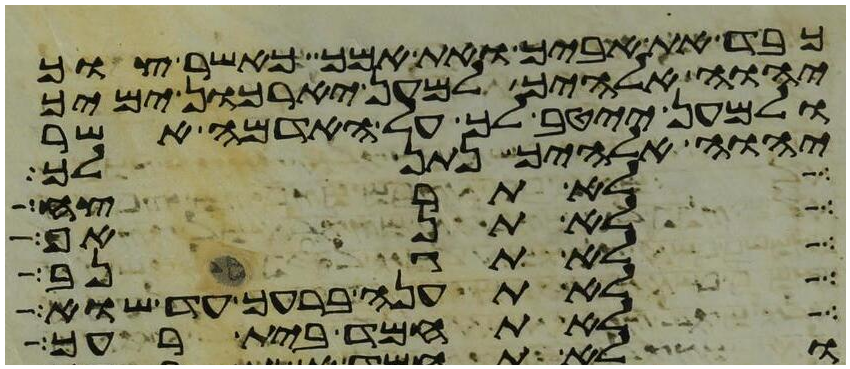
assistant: כבד את אביך ואת אמך כאשר צוך
יהוה אלהיך למען יארכון ימיך
ולמען ייטב לך על האדמה אשר
יהוה אלהיך נתן לך
לא תרצח
לא תנאף
לא תגנב
לא תענה ברעך עד שוא
לא תחמד בית רעך